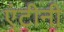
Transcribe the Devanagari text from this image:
एंटीनी